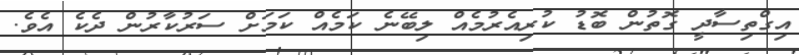
އިގްތިސާދީ ގޮތުން ބޮޑު ކުރިއެރުމެއް ލިބޭނެ ކަމެއް ކަމަށް ސަރުކާރުން ދެކެ އެވެ.